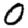
Digit: 0